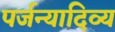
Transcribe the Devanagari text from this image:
पर्जन्यादिव्य